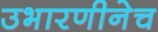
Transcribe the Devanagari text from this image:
उभारणीनेच